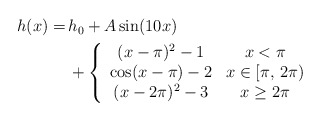
\begin{align*}\begin{aligned}h(x) =&\, h_0+A\sin(10x)\\&\,+\left\{\begin{array}{cc}(x-\pi)^2-1 & x < \pi\\\cos(x-\pi)-2 & x \in [\pi,\,2\pi)\\(x-2\pi)^2-3 & x \ge 2\pi\end{array}\right.\end{aligned}\end{align*}